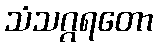
သံသဂ္ဂရတော